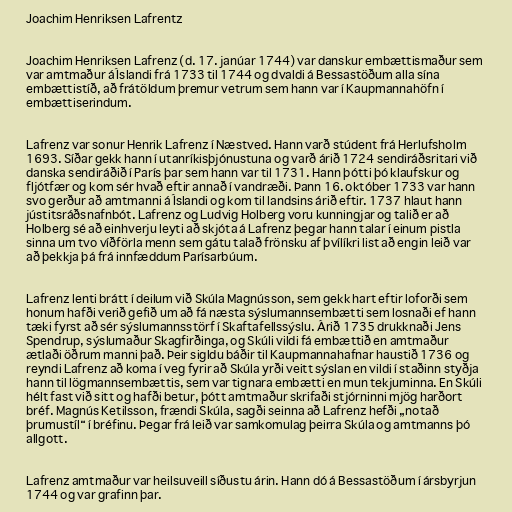
Joachim Henriksen Lafrentz

Joachim Henriksen Lafrenz (d. 17. janúar 1744) var danskur embættismaður sem
var amtmaður á Íslandi frá 1733 til 1744 og dvaldi á Bessastöðum alla sína
embættistíð, að frátöldum þremur vetrum sem hann var í Kaupmannahöfn í
embættiserindum.

Lafrenz var sonur Henrik Lafrenz í Næstved. Hann varð stúdent frá Herlufsholm
1693. Síðar gekk hann í utanríkisþjónustuna og varð árið 1724 sendiráðsritari við
danska sendiráðið í París þar sem hann var til 1731. Hann þótti þó klaufskur og
fljótfær og kom sér hvað eftir annað í vandræði. Þann 16. október 1733 var hann
svo gerður að amtmanni á Íslandi og kom til landsins árið eftir. 1737 hlaut hann
jústitsráðsnafnbót. Lafrenz og Ludvig Holberg voru kunningjar og talið er að
Holberg sé að einhverju leyti að skjóta á Lafrenz þegar hann talar í einum pistla
sinna um tvo víðförla menn sem gátu talað frönsku af þvílíkri list að engin leið var
að þekkja þá frá innfæddum Parísarbúum.

Lafrenz lenti brátt í deilum við Skúla Magnússon, sem gekk hart eftir loforði sem
honum hafði verið gefið um að fá næsta sýslumannsembætti sem losnaði ef hann
tæki fyrst að sér sýslumannsstörf í Skaftafellssýslu. Árið 1735 drukknaði Jens
Spendrup, sýslumaður Skagfirðinga, og Skúli vildi fá embættið en amtmaður
ætlaði öðrum manni það. Þeir sigldu báðir til Kaupmannahafnar haustið 1736 og
reyndi Lafrenz að koma í veg fyrir að Skúla yrði veitt sýslan en vildi í staðinn styðja
hann til lögmannsembættis, sem var tignara embætti en mun tekjuminna. En Skúli
hélt fast við sitt og hafði betur, þótt amtmaður skrifaði stjórninni mjög harðort
bréf. Magnús Ketilsson, frændi Skúla, sagði seinna að Lafrenz hefði „notað
þrumustíl“ í bréfinu. Þegar frá leið var samkomulag þeirra Skúla og amtmanns þó
allgott.

Lafrenz amtmaður var heilsuveill síðustu árin. Hann dó á Bessastöðum í ársbyrjun
1744 og var grafinn þar.